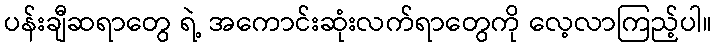
ပန်းချီဆရာတွေ ရဲ့ အကောင်းဆုံးလက်ရာတွေကို လေ့လာကြည့်ပါ။